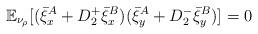
LaTeX: \begin{align*}\mathbb E_{\nu_\rho}[(\bar\xi^A_x+D_2^+\bar\xi^B_x)(\bar\xi^A_y+D_2^-\bar\xi^B_y)]=0\end{align*}